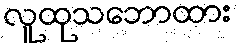
လူထုသဘောထား